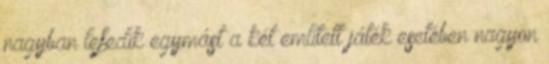
nagyban lefedik egymást a két említett játék esetében nagyon